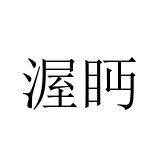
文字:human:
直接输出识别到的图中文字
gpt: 渥眄